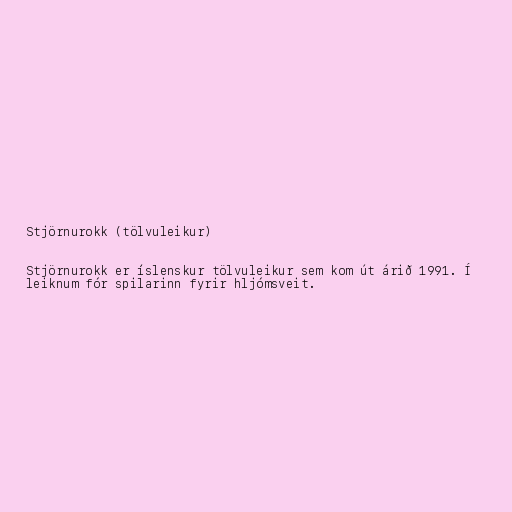
Stjörnurokk (tölvuleikur)

Stjörnurokk er íslenskur tölvuleikur sem kom út árið 1991. Í
leiknum fór spilarinn fyrir hljómsveit.